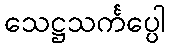
သေဋ္ဌသင်္ကပ္ပေါ